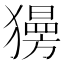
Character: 𤢞